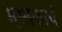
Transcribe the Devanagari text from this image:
मस्तकाचे